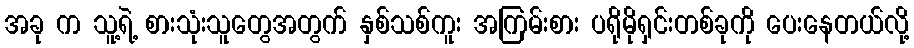
အခု က သူ့ရဲ့ စားသုံးသူတွေအတွက် နှစ်သစ်ကူး အကြမ်းစား ပရိုမိုရှင်းတစ်ခုကို ပေးနေတယ်လို့